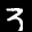
Label: 3